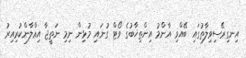
އިނގިރޭސިވިލާތުގައި ބޭއްވި އާންމު އިންތިޚާބުގެ ވޯޓް ގުނައި މުޅިން ނިމި ނަތީޖާ އިޢްލާންކުރިއިރު